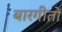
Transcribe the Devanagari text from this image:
बारगीतों